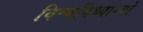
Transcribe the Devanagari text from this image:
विश्वविध्याम्यो